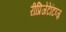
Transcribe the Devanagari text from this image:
रीप्रिजेंटेटिव्ज़